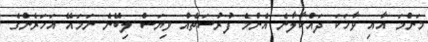
މަންމަ އާއި ވާހަކަ ދައްކާލާނެ އެންމެ ފުރުސަތެއް ވިޔަސް ލިބޭނެ ނަމައޭ އަހަރެންގެ